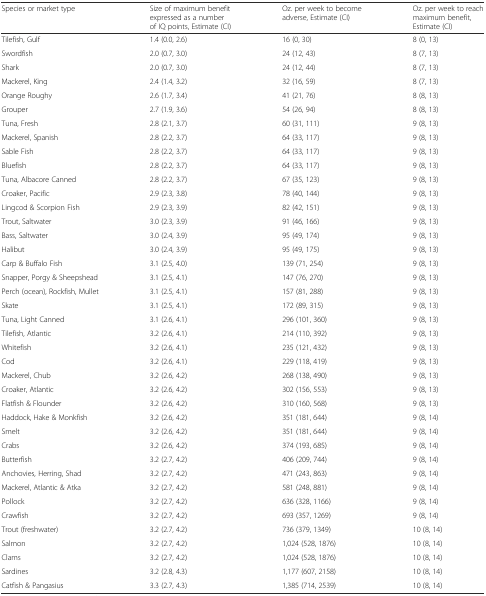
<table><thead><tr><td><b>Species or market type</b></td><td><b>Size of maximum benefit expressed as a number of IQ points, Estimate (CI)</b></td><td><b>Oz. per week to become adverse, Estimate (CI)</b></td><td><b>Oz. per week to reach maximum benefit, Estimate (CI)</b></td></tr></thead><tbody><tr><td>Tilefish, Gulf</td><td>1.4 (0.0, 2.6)</td><td>16 (0, 30)</td><td>8 (0, 13)</td></tr><tr><td>Swordfish</td><td>2.0 (0.7, 3.0)</td><td>24 (12, 43)</td><td>8 (7, 13)</td></tr><tr><td>Shark</td><td>2.0 (0.7, 3.0)</td><td>24 (12, 44)</td><td>8 (7, 13)</td></tr><tr><td>Mackerel, King</td><td>2.4 (1.4, 3.2)</td><td>32 (16, 59)</td><td>8 (7, 13)</td></tr><tr><td>Orange Roughy</td><td>2.6 (1.7, 3.4)</td><td>41 (21, 76)</td><td>8 (8, 13)</td></tr><tr><td>Grouper</td><td>2.7 (1.9, 3.6)</td><td>54 (26, 94)</td><td>8 (8, 13)</td></tr><tr><td>Tuna, Fresh</td><td>2.8 (2.1, 3.7)</td><td>60 (31, 111)</td><td>9 (8, 13)</td></tr><tr><td>Mackerel, Spanish</td><td>2.8 (2.2, 3.7)</td><td>64 (33, 117)</td><td>9 (8, 13)</td></tr><tr><td>Sable Fish</td><td>2.8 (2.2, 3.7)</td><td>64 (33, 117)</td><td>9 (8, 13)</td></tr><tr><td>Bluefish</td><td>2.8 (2.2, 3.7)</td><td>64 (33, 117)</td><td>9 (8, 13)</td></tr><tr><td>Tuna, Albacore Canned</td><td>2.8 (2.2, 3.7)</td><td>67 (35, 123)</td><td>9 (8, 13)</td></tr><tr><td>Croaker, Pacific</td><td>2.9 (2.3, 3.8)</td><td>78 (40, 144)</td><td>9 (8, 13)</td></tr><tr><td>Lingcod &amp; Scorpion Fish</td><td>2.9 (2.3, 3.9)</td><td>82 (42, 151)</td><td>9 (8, 13)</td></tr><tr><td>Trout, Saltwater</td><td>3.0 (2.3, 3.9)</td><td>91 (46, 166)</td><td>9 (8, 13)</td></tr><tr><td>Bass, Saltwater</td><td>3.0 (2.4, 3.9)</td><td>95 (49, 174)</td><td>9 (8, 13)</td></tr><tr><td>Halibut</td><td>3.0 (2.4, 3.9)</td><td>95 (49, 175)</td><td>9 (8, 13)</td></tr><tr><td>Carp &amp; Buffalo Fish</td><td>3.1 (2.5, 4.0)</td><td>139 (71, 254)</td><td>9 (8, 13)</td></tr><tr><td>Snapper, Porgy &amp; Sheepshead</td><td>3.1 (2.5, 4.1)</td><td>147 (76, 270)</td><td>9 (8, 13)</td></tr><tr><td>Perch (ocean), Rockfish, Mullet</td><td>3.1 (2.5, 4.1)</td><td>157 (81, 288)</td><td>9 (8, 13)</td></tr><tr><td>Skate</td><td>3.1 (2.5, 4.1)</td><td>172 (89, 315)</td><td>9 (8, 13)</td></tr><tr><td>Tuna, Light Canned</td><td>3.1 (2.6, 4.1)</td><td>296 (101, 360)</td><td>9 (8, 13)</td></tr><tr><td>Tilefish, Atlantic</td><td>3.2 (2.6, 4.1)</td><td>214 (110, 392)</td><td>9 (8, 13)</td></tr><tr><td>Whitefish</td><td>3.2 (2.6, 4.1)</td><td>235 (121, 432)</td><td>9 (8, 13)</td></tr><tr><td>Cod</td><td>3.2 (2.6, 4.1)</td><td>229 (118, 419)</td><td>9 (8, 13)</td></tr><tr><td>Mackerel, Chub</td><td>3.2 (2.6, 4.2)</td><td>268 (138, 490)</td><td>9 (8, 13)</td></tr><tr><td>Croaker, Atlantic</td><td>3.2 (2.6, 4.2)</td><td>302 (156, 553)</td><td>9 (8, 13)</td></tr><tr><td>Flatfish &amp; Flounder</td><td>3.2 (2.6, 4.2)</td><td>310 (160, 568)</td><td>9 (8, 13)</td></tr><tr><td>Haddock, Hake &amp; Monkfish</td><td>3.2 (2.6, 4.2)</td><td>351 (181, 644)</td><td>9 (8, 14)</td></tr><tr><td>Smelt</td><td>3.2 (2.6, 4.2)</td><td>351 (181, 644)</td><td>9 (8, 14)</td></tr><tr><td>Crabs</td><td>3.2 (2.6, 4.2)</td><td>374 (193, 685)</td><td>9 (8, 14)</td></tr><tr><td>Butterfish</td><td>3.2 (2.7, 4.2)</td><td>406 (209, 744)</td><td>9 (8, 14)</td></tr><tr><td>Anchovies, Herring, Shad</td><td>3.2 (2.7, 4.2)</td><td>471 (243, 863)</td><td>9 (8, 14)</td></tr><tr><td>Mackerel, Atlantic &amp; Atka</td><td>3.2 (2.7, 4.2)</td><td>581 (248, 881)</td><td>9 (8, 14)</td></tr><tr><td>Pollock</td><td>3.2 (2.7, 4.2)</td><td>636 (328, 1166)</td><td>9 (8, 14)</td></tr><tr><td>Crawfish</td><td>3.2 (2.7, 4.2)</td><td>693 (357, 1269)</td><td>9 (8, 14)</td></tr><tr><td>Trout (freshwater)</td><td>3.2 (2.7, 4.2)</td><td>736 (379, 1349)</td><td>10 (8, 14)</td></tr><tr><td>Salmon</td><td>3.2 (2.7, 4.2)</td><td>1,024 (528, 1876)</td><td>10 (8, 14)</td></tr><tr><td>Clams</td><td>3.2 (2.7, 4.2)</td><td>1,024 (528, 1876)</td><td>10 (8, 14)</td></tr><tr><td>Sardines</td><td>3.2 (2.8, 4.3)</td><td>1,177 (607, 2158)</td><td>10 (8, 14)</td></tr><tr><td>Catfish &amp; Pangasius</td><td>3.3 (2.7, 4.3)</td><td>1,385 (714, 2539)</td><td>10 (8, 14)</td></tr></tbody></table>